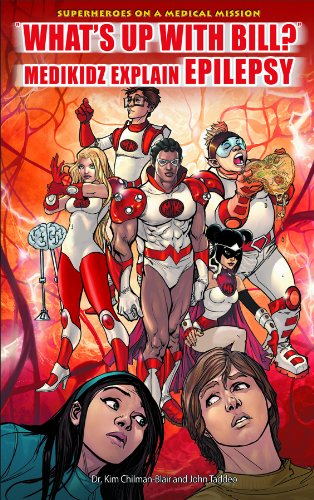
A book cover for What's Up With Bill?: Medikidz Explain Epilepsy (Superheroes on a Medical Mission); Kim Chilman-blair; Health, Fitness & Dieting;